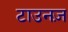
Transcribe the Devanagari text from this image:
टाउनज़